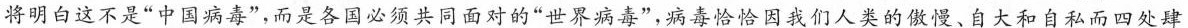
将明白这不是”中国病毒”，而是各国必须共同面对的”世界病毒”，病毒恰恰因我们人类的傲慢、自大和自私而四处肆